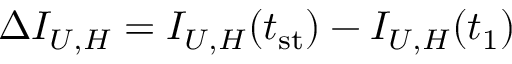
\begin{array} { r } { \Delta I _ { U , H } = I _ { U , H } ( t _ { \mathrm { s t } } ) - I _ { U , H } ( t _ { 1 } ) } \end{array}